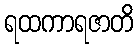
ရထကာရဇာတိ